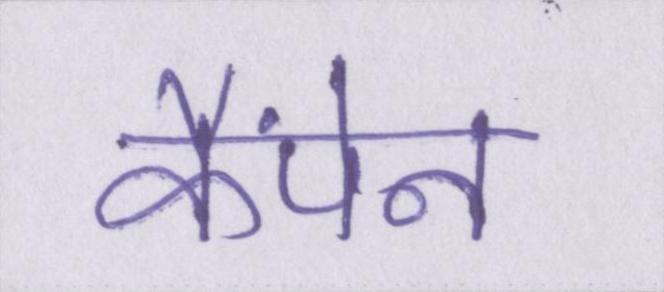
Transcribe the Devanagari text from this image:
कैंपेन